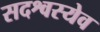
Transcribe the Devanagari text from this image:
सदश्वस्येव